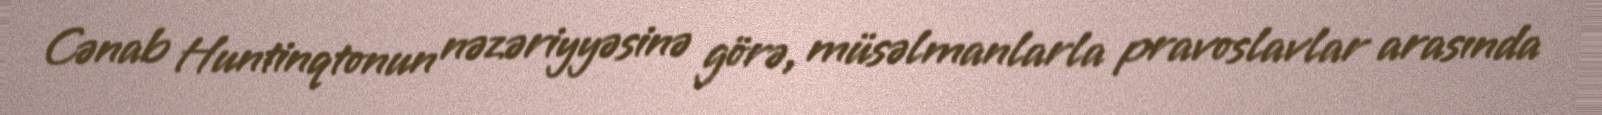
Cənab Huntinqtonun nəzəriyyəsinə görə, müsəlmanlarla pravoslavlar arasında